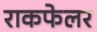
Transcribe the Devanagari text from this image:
राकफेलर